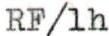
RF/1h